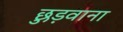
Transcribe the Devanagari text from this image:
छुड़वाना